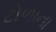
ટોળાના